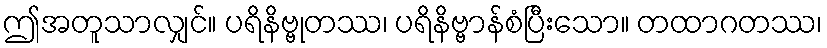
ဤအတူသာလျှင်။ ပရိနိဗ္ဗုတဿ၊ ပရိနိဗ္ဗာန်စံပြီးသော။ တထာဂတဿ၊